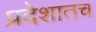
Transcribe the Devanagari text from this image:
प्रदेशातच